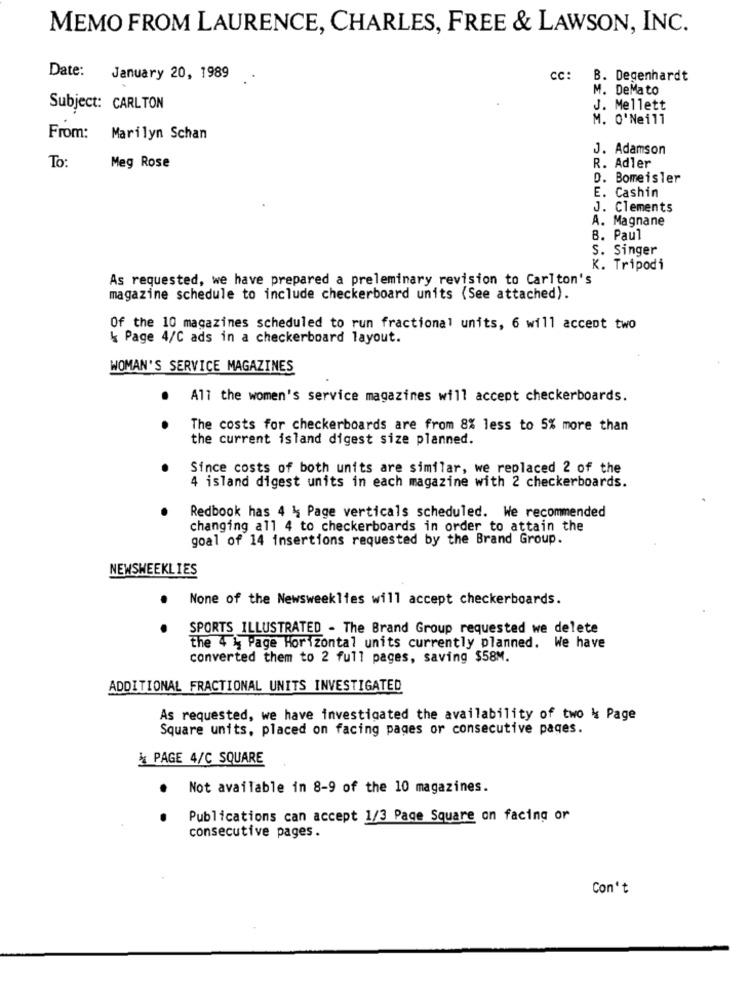
MEMO FROM LAURENCE, CHARLES, FREE & LAWSON, INC.
Date:
January 20, 1989
CC:
B. Degenhardt
M. DeMato
Subject: CARLTON
J. Mellett
M. O'Neill
From: Marilyn Schan
J. Adamson
To:
Meg Rose
R. Adler
D. Bomeisler
E. Cashin
J. Clements
A. Magnane
B. Paul
S. Singer
K. Tripodi
As requested, we have prepared a preleminary revision to Carlton's
magazine schedule to include checkerboard units (See attached).
Of the 10 magazines scheduled to run fractional units, 6 will accept two
k Page 4/C ads in a checkerboard layout.
WOMAN'S SERVICE MAGAZINES
.
All the women's service magazines will accept checkerboards.
The costs for checkerboards are from 8% less to 5% more than
the current island digest size planned.
Since costs of both units are similar, we replaced 2 of the
4 island digest units in each magazine with 2 checkerboards.
Redbook has 4 %; Page verticals scheduled. We recommended
changing all 4 to checkerboards in order to attain the
goal of 14 insertions requested by the Brand Group.
NEWSWEEKLIES
.
None of the Newsweeklies will accept checkerboards.
SPORTS ILLUSTRATED - The Brand Group requested we delete
the 4 % Page Horizontal units currently planned. We have
converted them to 2 full pages, saving $58M.
ADDITIONAL FRACTIONAL UNITS INVESTIGATED
As requested, we have investigated the availability of two & Page
Square units, placed on facing pages or consecutive pages.
& PAGE 4/C SQUARE
.
Not available in 8-9 of the 10 magazines.
Publications can accept 1/3 Page Square on facing or
consecutive pages.
Con't